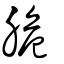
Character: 脆